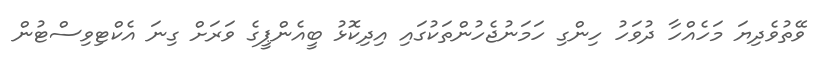
ވޭތުވެދިޔަ މަހެއްހާ ދުވަހު ހިންގި ހަމަނުޖެހުންތަކުގައި އިދިކޮޅު ބީއެންޕީގެ ވަަރަށް ގިނަ އެކްޓިވިސްޓުން